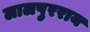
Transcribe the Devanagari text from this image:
लालपुरराय